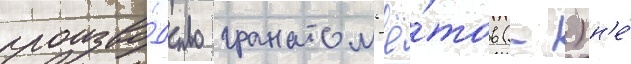
произво́дство гранатом'ё́тов (-) н'е́